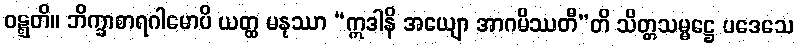
ဝဋ္ဋတိ။ ဘိက္ခာစာရဂါမောပိ ယတ္ထ မနုဿာ “ဣဒါနိ အယျော အာဂမိဿတီ”တိ သိတ္တသမ္မဋ္ဌေ ပဒေသေ